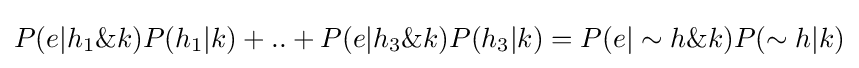
P(e|h_{1}\&k)P(h_{1}|k)+..+P(e|h_{3}\&k)P(h_{3}|k)=P(e|\sim h\&k)P(\sim h|k)